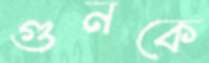
গুনকে